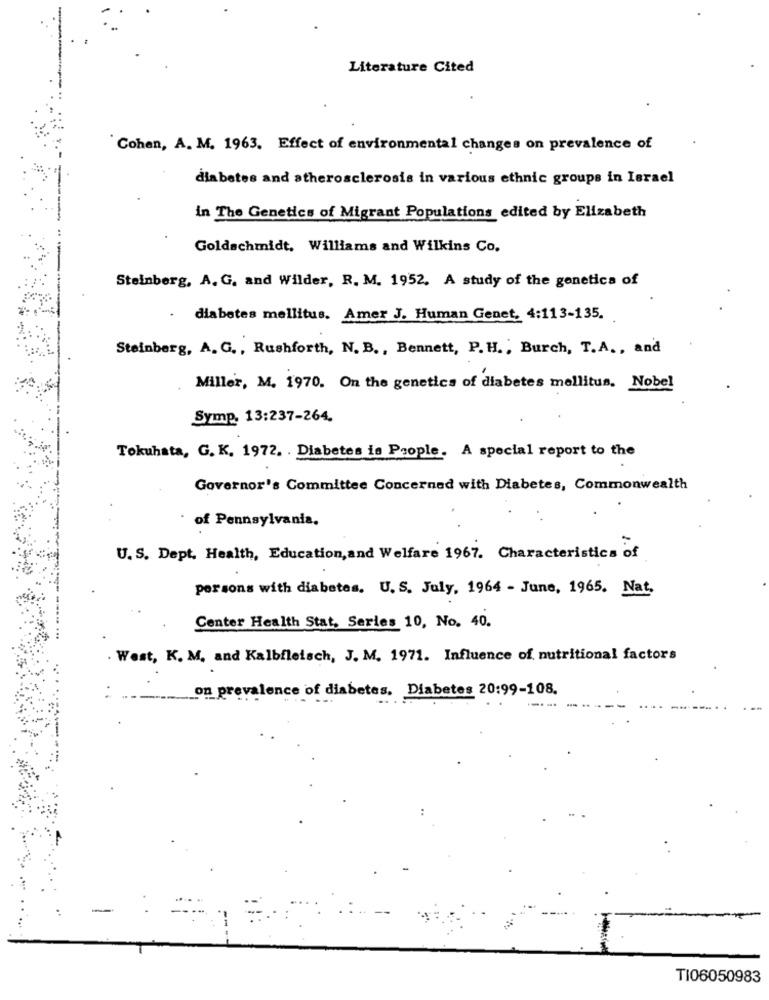
Literature Cited
Cohen, A. M. 1963. Effect of environmental changes on prevalence of
diabetes and atherosclerosis in various ethnic groups in Israel
in The Genetics of Migrant Populations edited by Elizabeth
Goldschmidt, Williams and Wilkins Co.
Steinberg, A. G. and Wilder, R. M. 1952. A study of the genetica of
diabetes mellitus. Amer J. Human Genet, 4:113-135.
Steinberg, A. G ., Rushforth, N. B ., Bennett, P. H ., Burch, T.A ., and
Miller, M. 1970. On the genetics of diabetes mellitus. Nobel
Symp. 13:237-264.
Tokuhata, G. K. 1972. . Diabetes is People. A special report to the
Governor's Committee Concerned with Diabetes, Commonwealth
of Pennsylvania.
U. S. Dept, Health, Education, and Welfare 1967. Characteristics of
persons with diabetes. U. S. July, 1964 - June, 1965. Nat.
Center Health Stat, Series 10, No. 40.
. West, K. M. and Kalbfleisch, J. M. 1971. Influence of nutritional factors
on prevalence of diabetes. Diabetes 20:99-108.
TI06050983